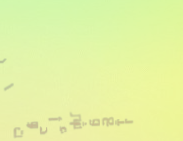
بيع وشراء أدوات المطبخ ال